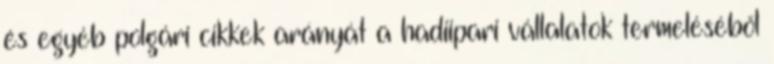
és egyéb polgári cikkek arányát a hadiipari vállalatok termeléséből